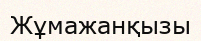
Жұмажанқызы